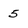
Character: 5